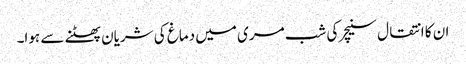
ان کا انتقال سنیچر کی شب مری میں دماغ کی شریان پھٹنے سے ہوا۔